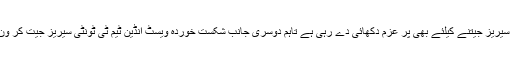
ون ڈے سیریز میں یادگار فتح کے بعد بھارتی ٹیم ٹی ٹونٹی سیریز جیتنے کیلئے بھی پر عزم دکھائی دے رہی ہے تاہم دوسری جانب شکست خوردہ ویسٹ انڈین ٹیم ٹی ٹونٹی سیریز جیت کر ون ڈے سیریز میں شکست کا بدلہ چکانے کیلئے پرجوش ہے۔